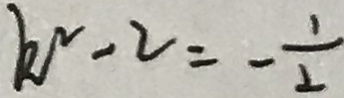
k ^ { 2 } - 2 = - \frac { 1 } { 2 }